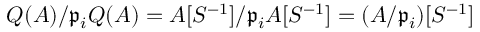
Q ( A ) / { \mathfrak { p } } _ { i } Q ( A ) = A [ S ^ { - 1 } ] / { \mathfrak { p } } _ { i } A [ S ^ { - 1 } ] = ( A / { \mathfrak { p } } _ { i } ) [ S ^ { - 1 } ]